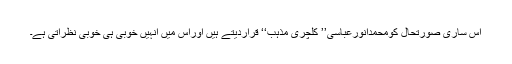
اس ساری صورتحال کومحمدانورعباسی’’ کلچری مذہب‘‘ قراردیتے ہیں اوراس میں انہیں خوبی ہی خوبی نظرآتی ہے۔